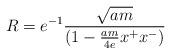
LaTeX: \begin{align*}R=e^{-1} {\sqrt{am} \over (1-{am \over 4e} x^{+}x^{-})}\end{align*}